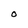
Character: O